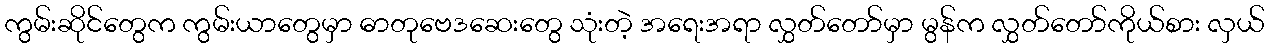
ကွမ်းဆိုင်တွေက ကွမ်းယာတွေမှာ ဓာတုဗေဒဆေးတွေ သုံးတဲ့ အရေးအရာ လွှတ်တော်မှာ မွန်က လွှတ်တော်ကိုယ်စား လှယ်